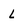
Character: L